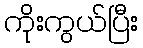
ကိုးကွယ်ပြီး